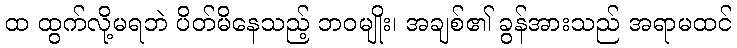
ထ ထွက်လို့မရဘဲ ပိတ်မိနေသည့် ဘဝမျိုး၊ အချစ်၏ ခွန်အားသည် အရာမထင်